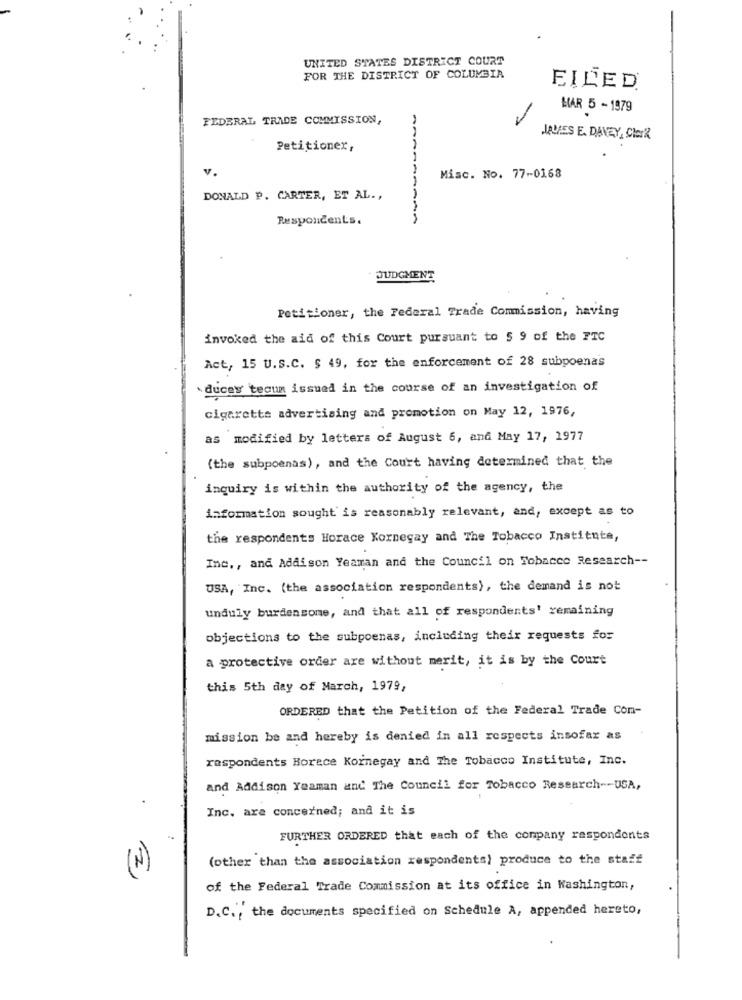
UNITED STATES DISTRICT COURT
FOR THE DISTRICT OF COLUMBIA
FILED.
HAR 5 - 1979
FEDERAL TRADE COMMISSION,
-
JAURES E. DAVEY, Clark
Petitionex,
V
Misc. No. 77-0168
DONALD P. CARTER, ET AL .,
Respondents.
JUDGMENT
Petitioner, the Federal Trade Commission, having
invoked the aid of this Court pursuant to $ 9 of the FTC
Act, 15 U.S.C. $ 49, for the enforcement of 28 subpoenas
duces' tecum issued in the course of an investigation of
cigarette advertising and promotion on May 12, 1976,
as modified by letters of August 6, and May 17, 1977
(the subpoenas), and the Court having determined that the
inquiry is within the authority of the agency, the
information sought is reasonably relevant, and, except as to
the respondents Horace Kornegay and The Tobacco Institute,
Inc ., and Addison Yeaman and the Council on Tobacco Research --
USA, Inc. (the association respondents), the demand is not
unduly burdensome, and that all of respondents' remaining
objections to the subpoenas, including their requests for
a protective order are without merit, it is by the Court
this 5th day of March, 1979,
ORDERED that the Petition of the Federal Trade Con-
mission be and hereby is denied in all respects insofar as
respondents Borece Kornegay and The Tobacco Institute, Inc.
and Addison Yeaman and The Council for Tobacco Research -- USA,
.
Inc. are concerned; and it is
FURTHER ORDERED that each of the company respondents
(other than the association respondents) produce to the staff
(N)
of the Federal Trade Commission at its office in Washington,
D.C ., the documents specified on Schedule A, appended hereto,